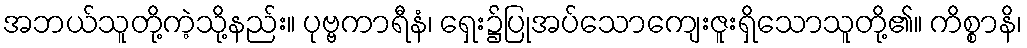
အဘယ်သူတို့ကဲ့သို့နည်း။ ပုဗ္ဗကာရီနံ၊ ရှေး၌ပြုအပ်သောကျေးဇူးရှိသောသူတို့၏။ ကိစ္စာနိ၊